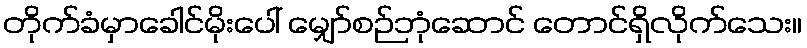
တိုက်ခံမှာခေါင်မိုးပေါ် မျှော်စဉ်ဘုံဆောင် တောင်ရှိလိုက်သေး။